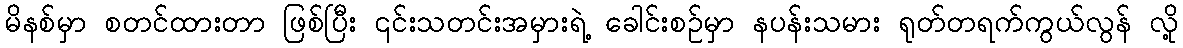
မိနစ်မှာ စတင်ထားတာ ဖြစ်ပြီး ၎င်းသတင်းအမှားရဲ့ ခေါင်းစဉ်မှာ နပန်းသမား ရုတ်တရက်ကွယ်လွန် လို့